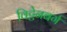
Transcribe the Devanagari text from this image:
विट्टेनबर्ग